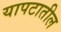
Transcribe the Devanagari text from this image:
यापटातील